Insane asylums in Bengal annual reports 1867-1875 - 1867-1875
Year: 1867
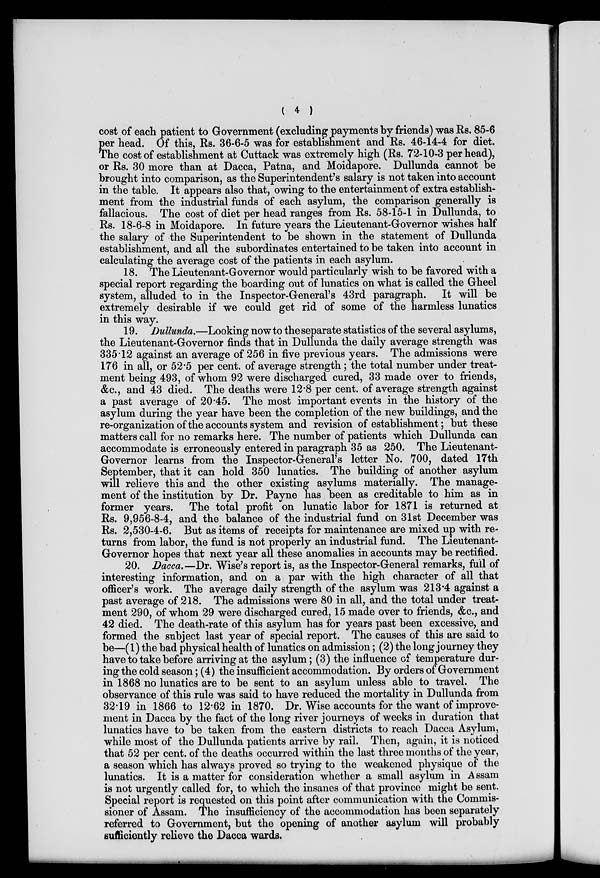
( 4 )
cost of each patient to Government (excluding payments by friends) was Rs. 85-6
per head. Of this, Rs. 36-6-5 was for establishment and Rs. 46-14-4 for diet.
The cost of establishment at Cuttack was extremely high (Rs. 72-10-3 per head),
or Rs. 30 more than at Dacca, Patna, and Moidapore. Dullunda cannot be
brought into comparison, as the Superintendent's salary is not taken into account
in the table. It appears also that, owing to the entertainment of extra establish-
ment from the industrial funds of each asylum, the comparison generally is
fallacious. The cost of diet per head ranges from Rs. 58-15-1 in Dullunda, to
Rs. 18-6-8 in Moidapore. In future years the Lieutenant-Governor wishes half
the salary of the Superintendent to be shown in the statement of Dullunda
establishment, and all the subordinates entertained to be taken into account in
calculating the average cost of the patients in each asylum.
18. The Lieutenant-Governor would particularly wish to be favored with a
special report regarding the boarding out of lunatics on what is called the Gheel
system, alluded to in the Inspector-General's 43rd paragraph. It will be
extremely desirable if we could get rid of some of the harmless lunatics
in this way.
19. Dullunda.—Looking now to the separate statistics of the several asylums,
the Lieutenant-Governor finds that in Dullunda the daily average strength was
335.12 against an average of 256 in five previous years. The admissions were
176 in all, or 52.5 per cent. of average strength ; the total number under treat-
ment being 493, of whom 92 were discharged cured, 33 made over to friends,
&c., and 43 died. The deaths were 12.8 per cent. of average strength against
a past average of 20.45. The most important events in the history of the
asylum during the year have been the completion of the new buildings, and the
re-organization of the accounts system and revision of establishment; but these
matters call for no remarks here. The number of patients which Dullunda can
accommodate is erroneously entered in paragraph 35 as 250. The Lieutenant-
Governor learns from the Inspector-General's letter No. 700, dated 17th
September, that it can hold 350 lunatics. The building of another asylum
will relieve this and the other existing asylums materially. The manage-
ment of the institution by Dr. Payne has been as creditable to him as in
former years. The total profit on lunatic labor for 1871 is returned at
Rs. 9,956-8-4, and the balance of the industrial fund on 31st December was
Rs. 2,530-4-6. But as items of receipts for maintenance are mixed up with re-
turns from labor, the fund is not properly an industrial fund. The Lieutenant-
Governor hopes that next year all these anomalies in accounts may be rectified.
20. Dacca.—Dr. Wise's report is, as the Inspector-General remarks, full of
interesting information, and on a par with the high character of all that
officer's work. The average daily strength of the asylum was 213.4 against a
past average of 218. The admissions were 80 in all, and the total under treat-
ment 290, of whom 29 were discharged cured, 15 made over to friends, &c., and
42 died. The death-rate of this asylum has for years past been excessive, and
formed the subject last year of special report. The causes of this are said to
be—(1) the bad physical health of lunatics on admission; (2) the long journey they
have to take before arriving at the asylum; (3) the influence of temperature dur-
ing the cold season; (4) the insufficient accommodation. By orders of Government
in 1868 no lunatics are to be sent to an asylum unless able to travel. The
observance of this rule was said to have reduced the mortality in Dullunda from
32.19 in 1866 to 12.62 in 1870. Dr. Wise accounts for the want of improve-
ment in Dacca by the fact of the long river journeys of weeks in duration that
lunatics have to be taken from the eastern districts to reach Dacca Asylum,
while most of the Dullunda patients arrive by rail. Then, again, it is noticed
that 52 per cent. of the deaths occurred within the last three months of the year,
a season which has always proved so trying to the weakened physique of the
lunatics. It is a matter for consideration whether a small asylum in Assam
is not urgently called for, to which the insanes of that province might be sent.
Special report is requested on this point after communication with the Commis-
sioner of Assam. The insufficiency of the accommodation has been separately
referred to Government, but the opening of another asylum will probably
sufficiently relieve the Dacca wards.